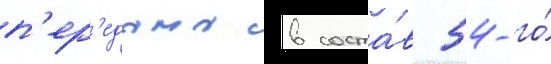
п'ер'едана в соста́в 54-го́